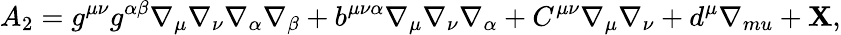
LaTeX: A_{2}=g^{\mu\nu}g^{\alpha\beta}\nabla_{\mu}\nabla_{\nu}\nabla_{\alpha}\nabla_{\beta}+b^{\mu\nu\alpha}\nabla_{\mu}\nabla_{\nu}\nabla_{\alpha}+C^{\mu\nu}\nabla_{\mu}\nabla_{\nu}+d^{\mu}\nabla_{mu}+\mathbf{X},